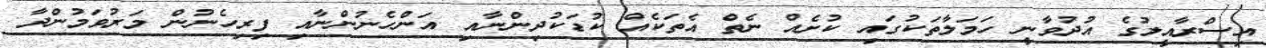
އިސްރާއީލުގެ އުދުވާނީ ހަމަލާތަކުގައި ކުށެއް ނެތް އެތަކެއް ކުޑަކުދިންނާއި އަންހެނުންނާއި ފިރިހެނުން މަރުވަމުންދާ